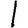
Digit: 1